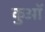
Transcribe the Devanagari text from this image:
कुआॅ